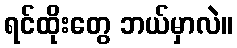
ရင်ထိုးတွေ ဘယ်မှာလဲ။